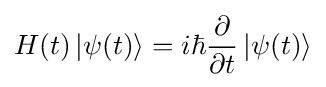
H(t)\left|\psi (t)\right\rangle =i\hbar {\partial  \over \partial t}\left|\psi (t)\right\rangle